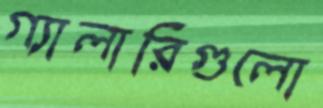
গ্যালারিগুলো